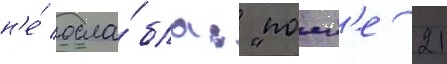
н'е́ осла́бла: "посл'е 21